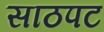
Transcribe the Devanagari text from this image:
साठपट